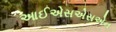
આઈએસએસએન